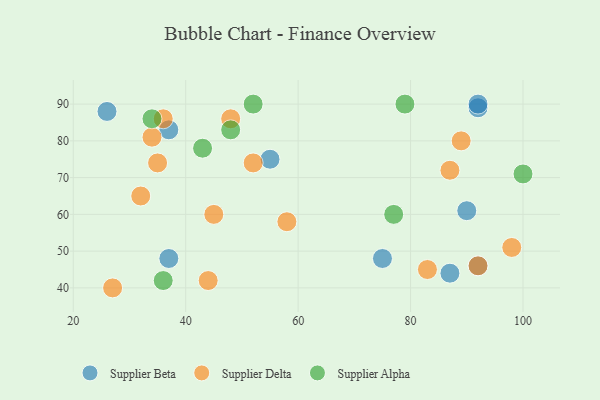
{"axis": {"x": "GDP", "y": "Life Expectancy"}, "legend": ["Supplier Alpha", "Supplier Beta", "Supplier Delta"], "data": [{"x": "26", "y": 88, "type": "Supplier Beta"}, {"x": "37", "y": 48, "type": "Supplier Beta"}, {"x": "55", "y": 75, "type": "Supplier Beta"}, {"x": "92", "y": 46, "type": "Supplier Beta"}, {"x": "92", "y": 89, "type": "Supplier Beta"}, {"x": "90", "y": 61, "type": "Supplier Beta"}, {"x": "37", "y": 83, "type": "Supplier Beta"}, {"x": "92", "y": 90, "type": "Supplier Beta"}, {"x": "75", "y": 48, "type": "Supplier Beta"}, {"x": "87", "y": 44, "type": "Supplier Beta"}, {"x": "92", "y": 46, "type": "Supplier Delta"}, {"x": "83", "y": 45, "type": "Supplier Delta"}, {"x": "32", "y": 65, "type": "Supplier Delta"}, {"x": "98", "y": 51, "type": "Supplier Delta"}, {"x": "52", "y": 74, "type": "Supplier Delta"}, {"x": "45", "y": 60, "type": "Supplier Delta"}, {"x": "89", "y": 80, "type": "Supplier Delta"}, {"x": "27", "y": 40, "type": "Supplier Delta"}, {"x": "35", "y": 74, "type": "Supplier Delta"}, {"x": "48", "y": 86, "type": "Supplier Delta"}, {"x": "58", "y": 58, "type": "Supplier Delta"}, {"x": "34", "y": 81, "type": "Supplier Delta"}, {"x": "36", "y": 86, "type": "Supplier Delta"}, {"x": "44", "y": 42, "type": "Supplier Delta"}, {"x": "87", "y": 72, "type": "Supplier Delta"}, {"x": "43", "y": 78, "type": "Supplier Alpha"}, {"x": "79", "y": 90, "type": "Supplier Alpha"}, {"x": "100", "y": 71, "type": "Supplier Alpha"}, {"x": "77", "y": 60, "type": "Supplier Alpha"}, {"x": "52", "y": 90, "type": "Supplier Alpha"}, {"x": "34", "y": 86, "type": "Supplier Alpha"}, {"x": "36", "y": 42, "type": "Supplier Alpha"}, {"x": "48", "y": 83, "type": "Supplier Alpha"}]}